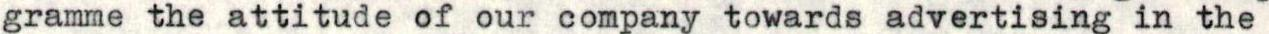
gramme the attitude of our company towards advertising in the